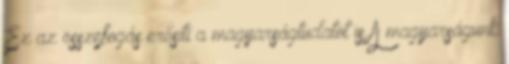
Ez az összefogás erősíti a magyarságtudatot is A magyarságunk